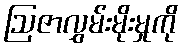
ဩဇာလွှမ်းမိုးမှုကို